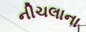
નીચલાના